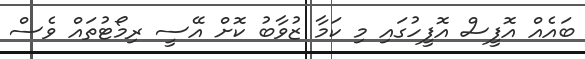
ބައެއް އޮފީސް އޮފީހުގައި މި ކަމާ ޒުވާބު ކޮށް އޭސީ ރިމޯޓުތައް ވެސް